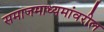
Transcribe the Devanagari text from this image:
समाजमाध्यमांवरील